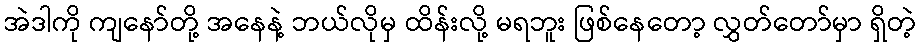
အဲဒါကို ကျနော်တို့ အနေနဲ့ ဘယ်လိုမှ ထိန်းလို့ မရဘူး ဖြစ်နေတော့ လွှတ်တော်မှာ ရှိတဲ့